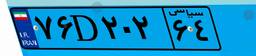
۷۶D۲۰۲۶۴